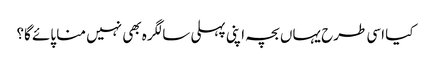
کیا اسی طرح یہاں بچہ اپنی پہلی سالگرہ بھی نہیں منا پائے گا؟